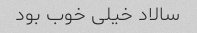
سالاد خیلی خوب بود